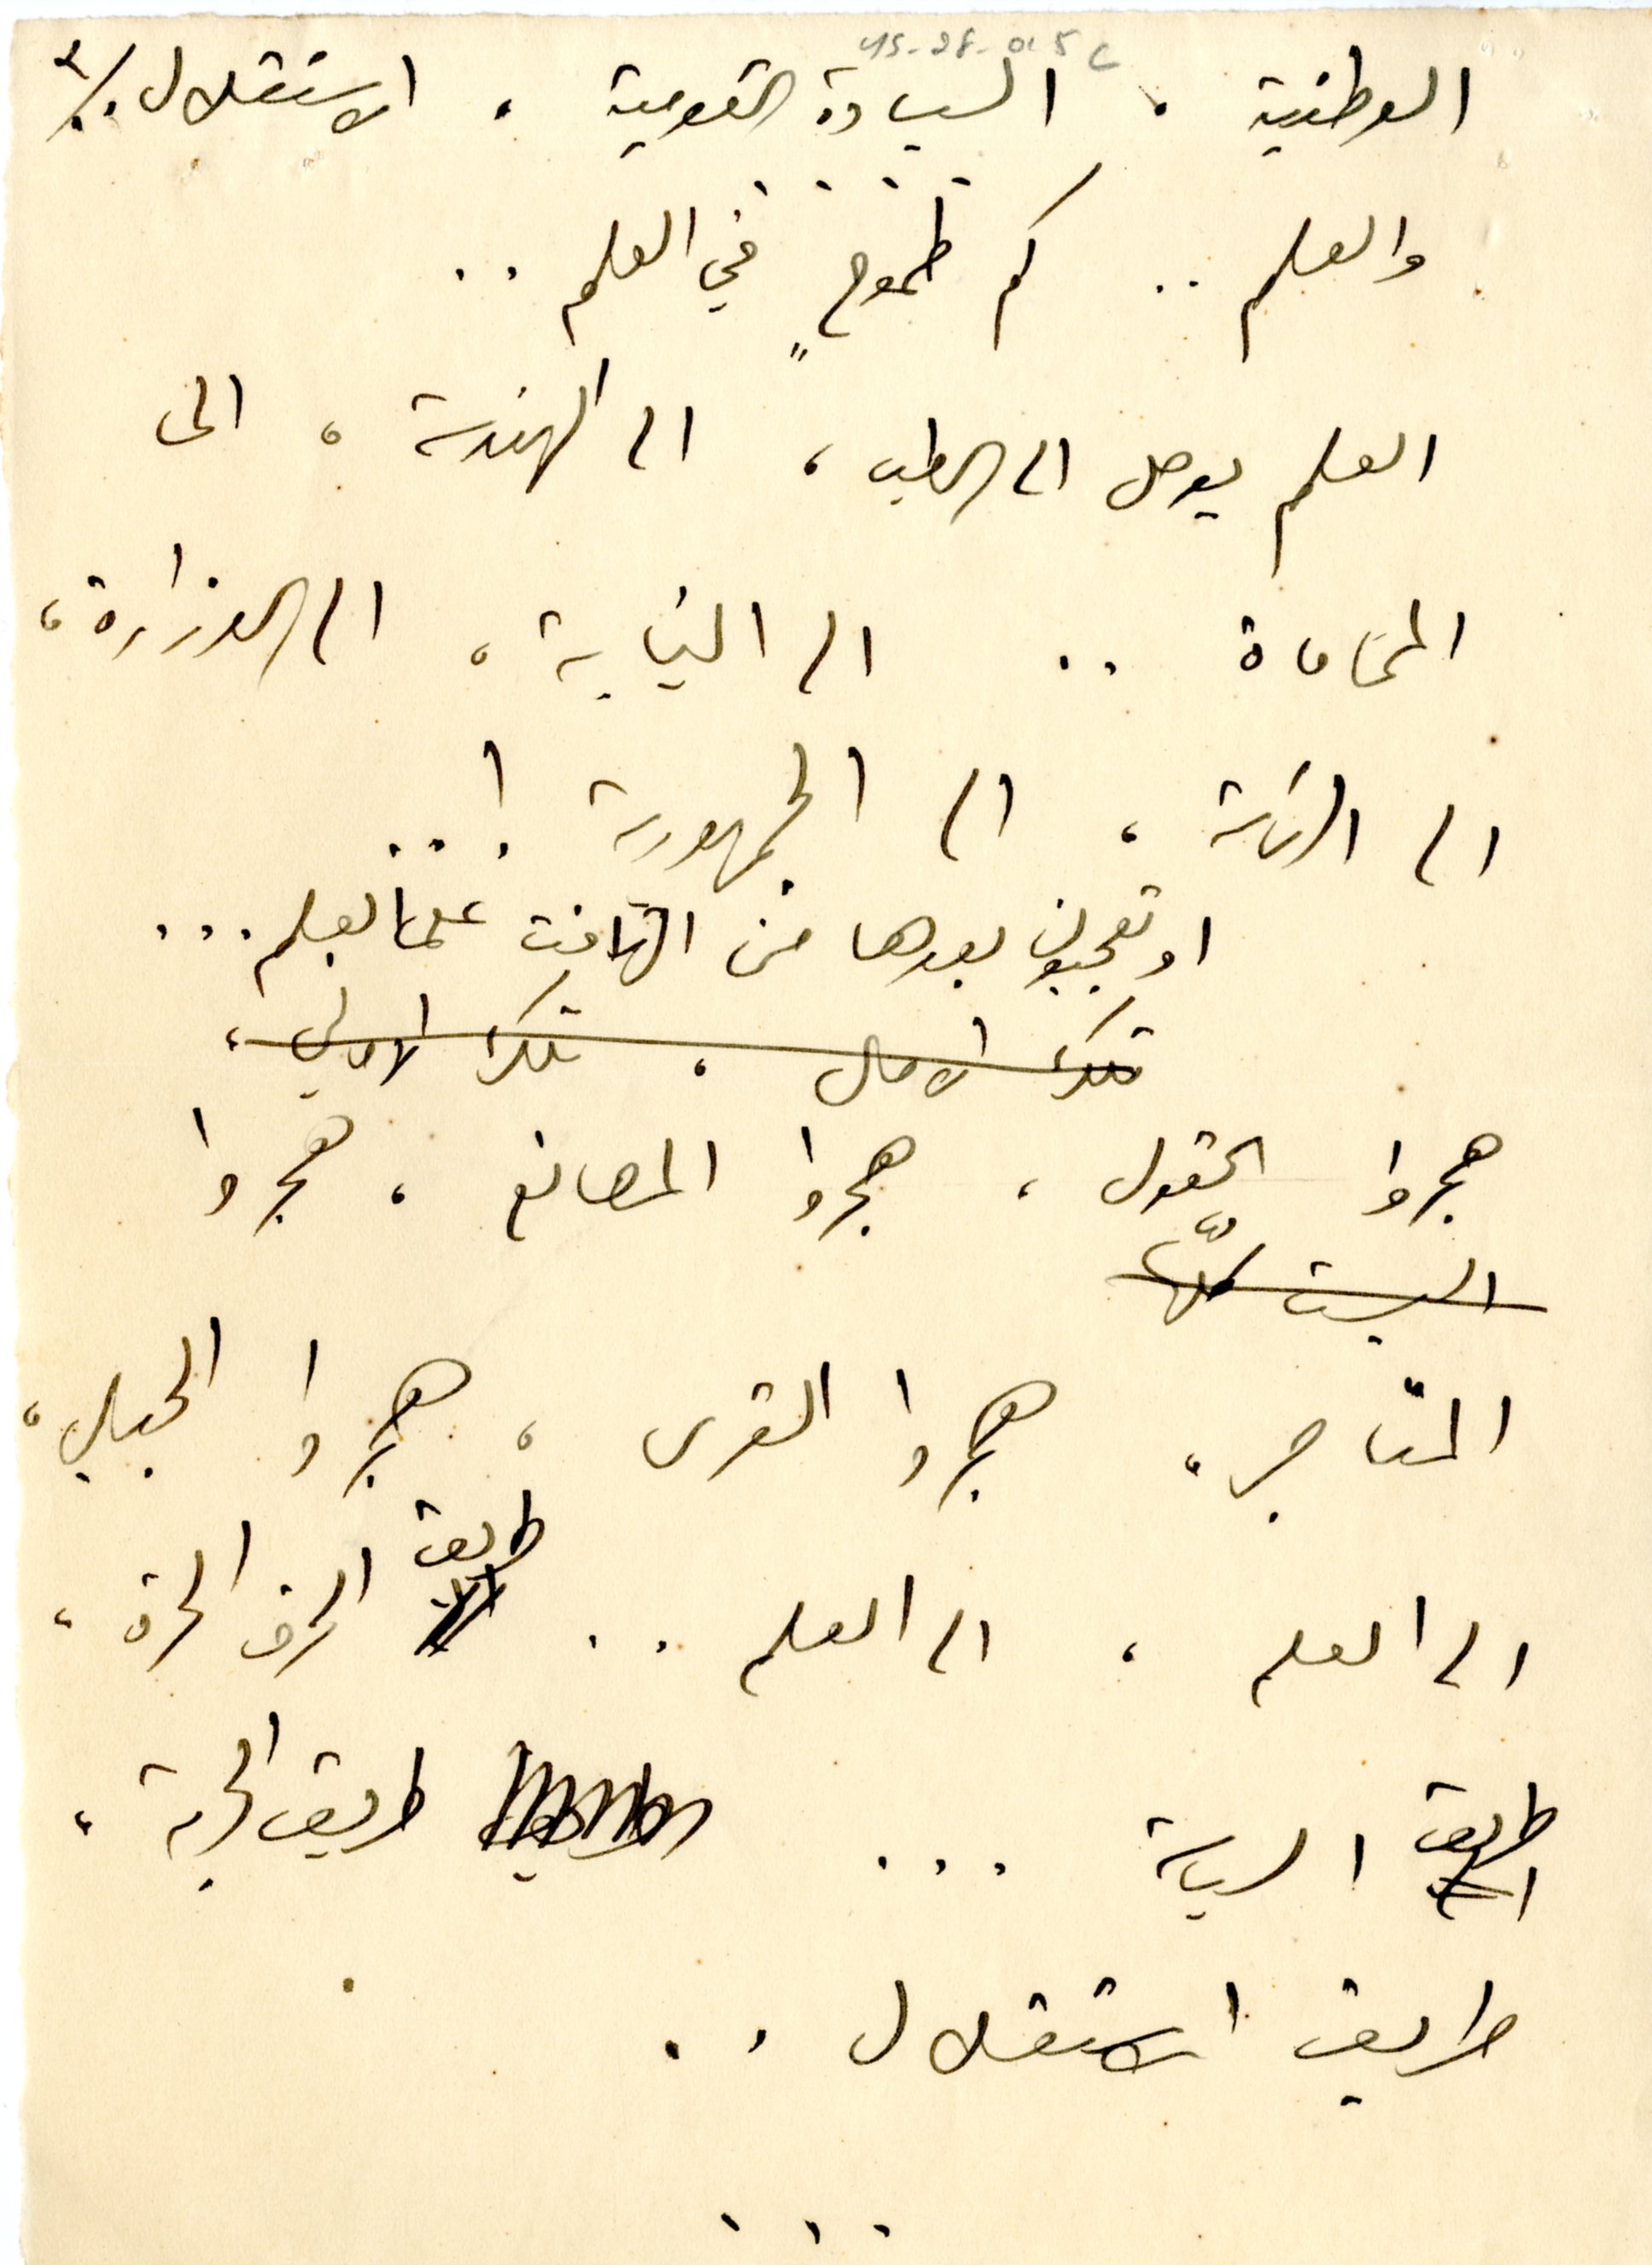
٣	YS_2F_015c
الوطنية، السيادة القومية، الاستقلال ..
الوطنية، السيادة القومية، الاستقلال ..
والعلم .. كم طموحٍ في العلم ..
العلم يوصل الى الطب، الى الهندسة، الى
المحاماة .. الى النيابة، الى الوزارة،
الى الرئاسة، الى الجمهورية ! ..
اوتعجبون بعدها من التهافت على العلم ...
هجروا الحقول، هجروا المصانع، هجروا
المتاجر، هجروا القرى، هجروا الحباب،
الى العلم، الى العالم .. طريق الحرف الحرة،
طريق السياسة ... طريق الحرية،
طريق الاستقلال ..